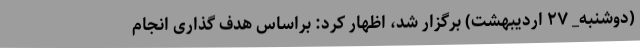
(دوشنبه_ ۲۷ اردیبهشت) برگزار شد، اظهار کرد: براساس هدف گذاری انجام